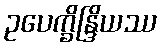
ဥပေက္ခိန္ဒြိယဿ